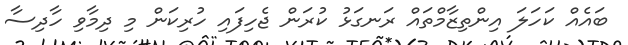
ބައެެއް ކަހަލަ އިންތިޒާމްތައް ރަނގަޅު ކުރަން ޖެހިފައި ހުރިކަން މި ދިމާވި ހާދިސާ